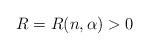
LaTeX: \begin{align*}R=R(n, \alpha)>0\end{align*}